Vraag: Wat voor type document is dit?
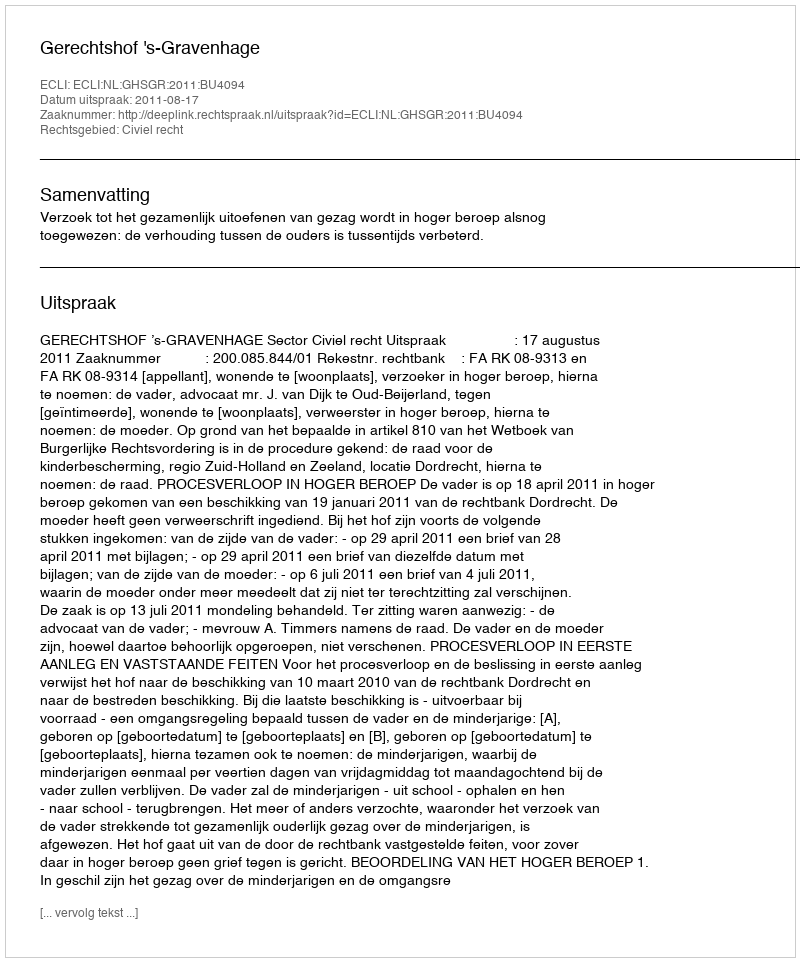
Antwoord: Uitspraak